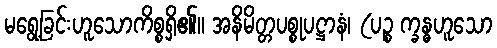
မရွေ့ခြင်းဟူသောကိစ္စရှိ၏။ အနိမိတ္တပစ္စုပဋ္ဌာနံ၊ (ပဉ္စ က္ခန္ဓဟူသော